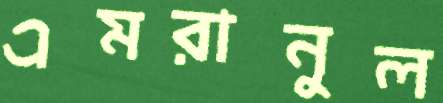
এমরানুল